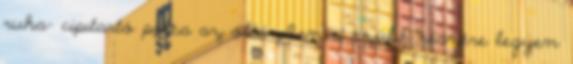
ruha- cipıtartó polca az öltözıben a szülık részére legyen